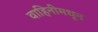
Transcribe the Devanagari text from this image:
वाहिनीमधून